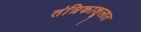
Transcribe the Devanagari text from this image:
तंत्रिकाशूलात